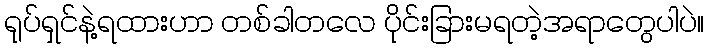
ရုပ်ရှင်နဲ့ရထားဟာ တစ်ခါတလေ ပိုင်းခြားမရတဲ့အရာတွေပါပဲ။